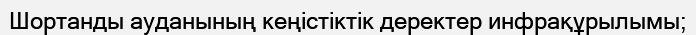
Шортанды ауданының кеңістіктік деректер инфрақұрылымы;